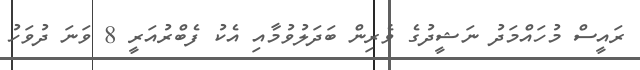
ރައީސް މުހައްމަދު ނަޝީދުގެ ވެރިން ބަދަލުވުމާއި އެކު ފެބްރުއަރީ 8 ވަނަ ދުވަހު